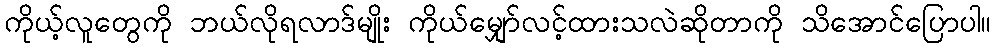
ကိုယ့်လူတွေကို ဘယ်လိုရလာဒ်မျိုး ကိုယ်မျှော်လင့်ထားသလဲဆိုတာကို သိအောင်ပြောပါ။